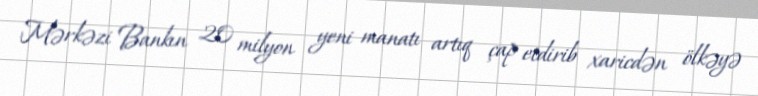
Mərkəzi Bankın 20 milyon yeni manatı artıq çap etdirib xaricdən ölkəyə